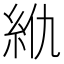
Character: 𰫜